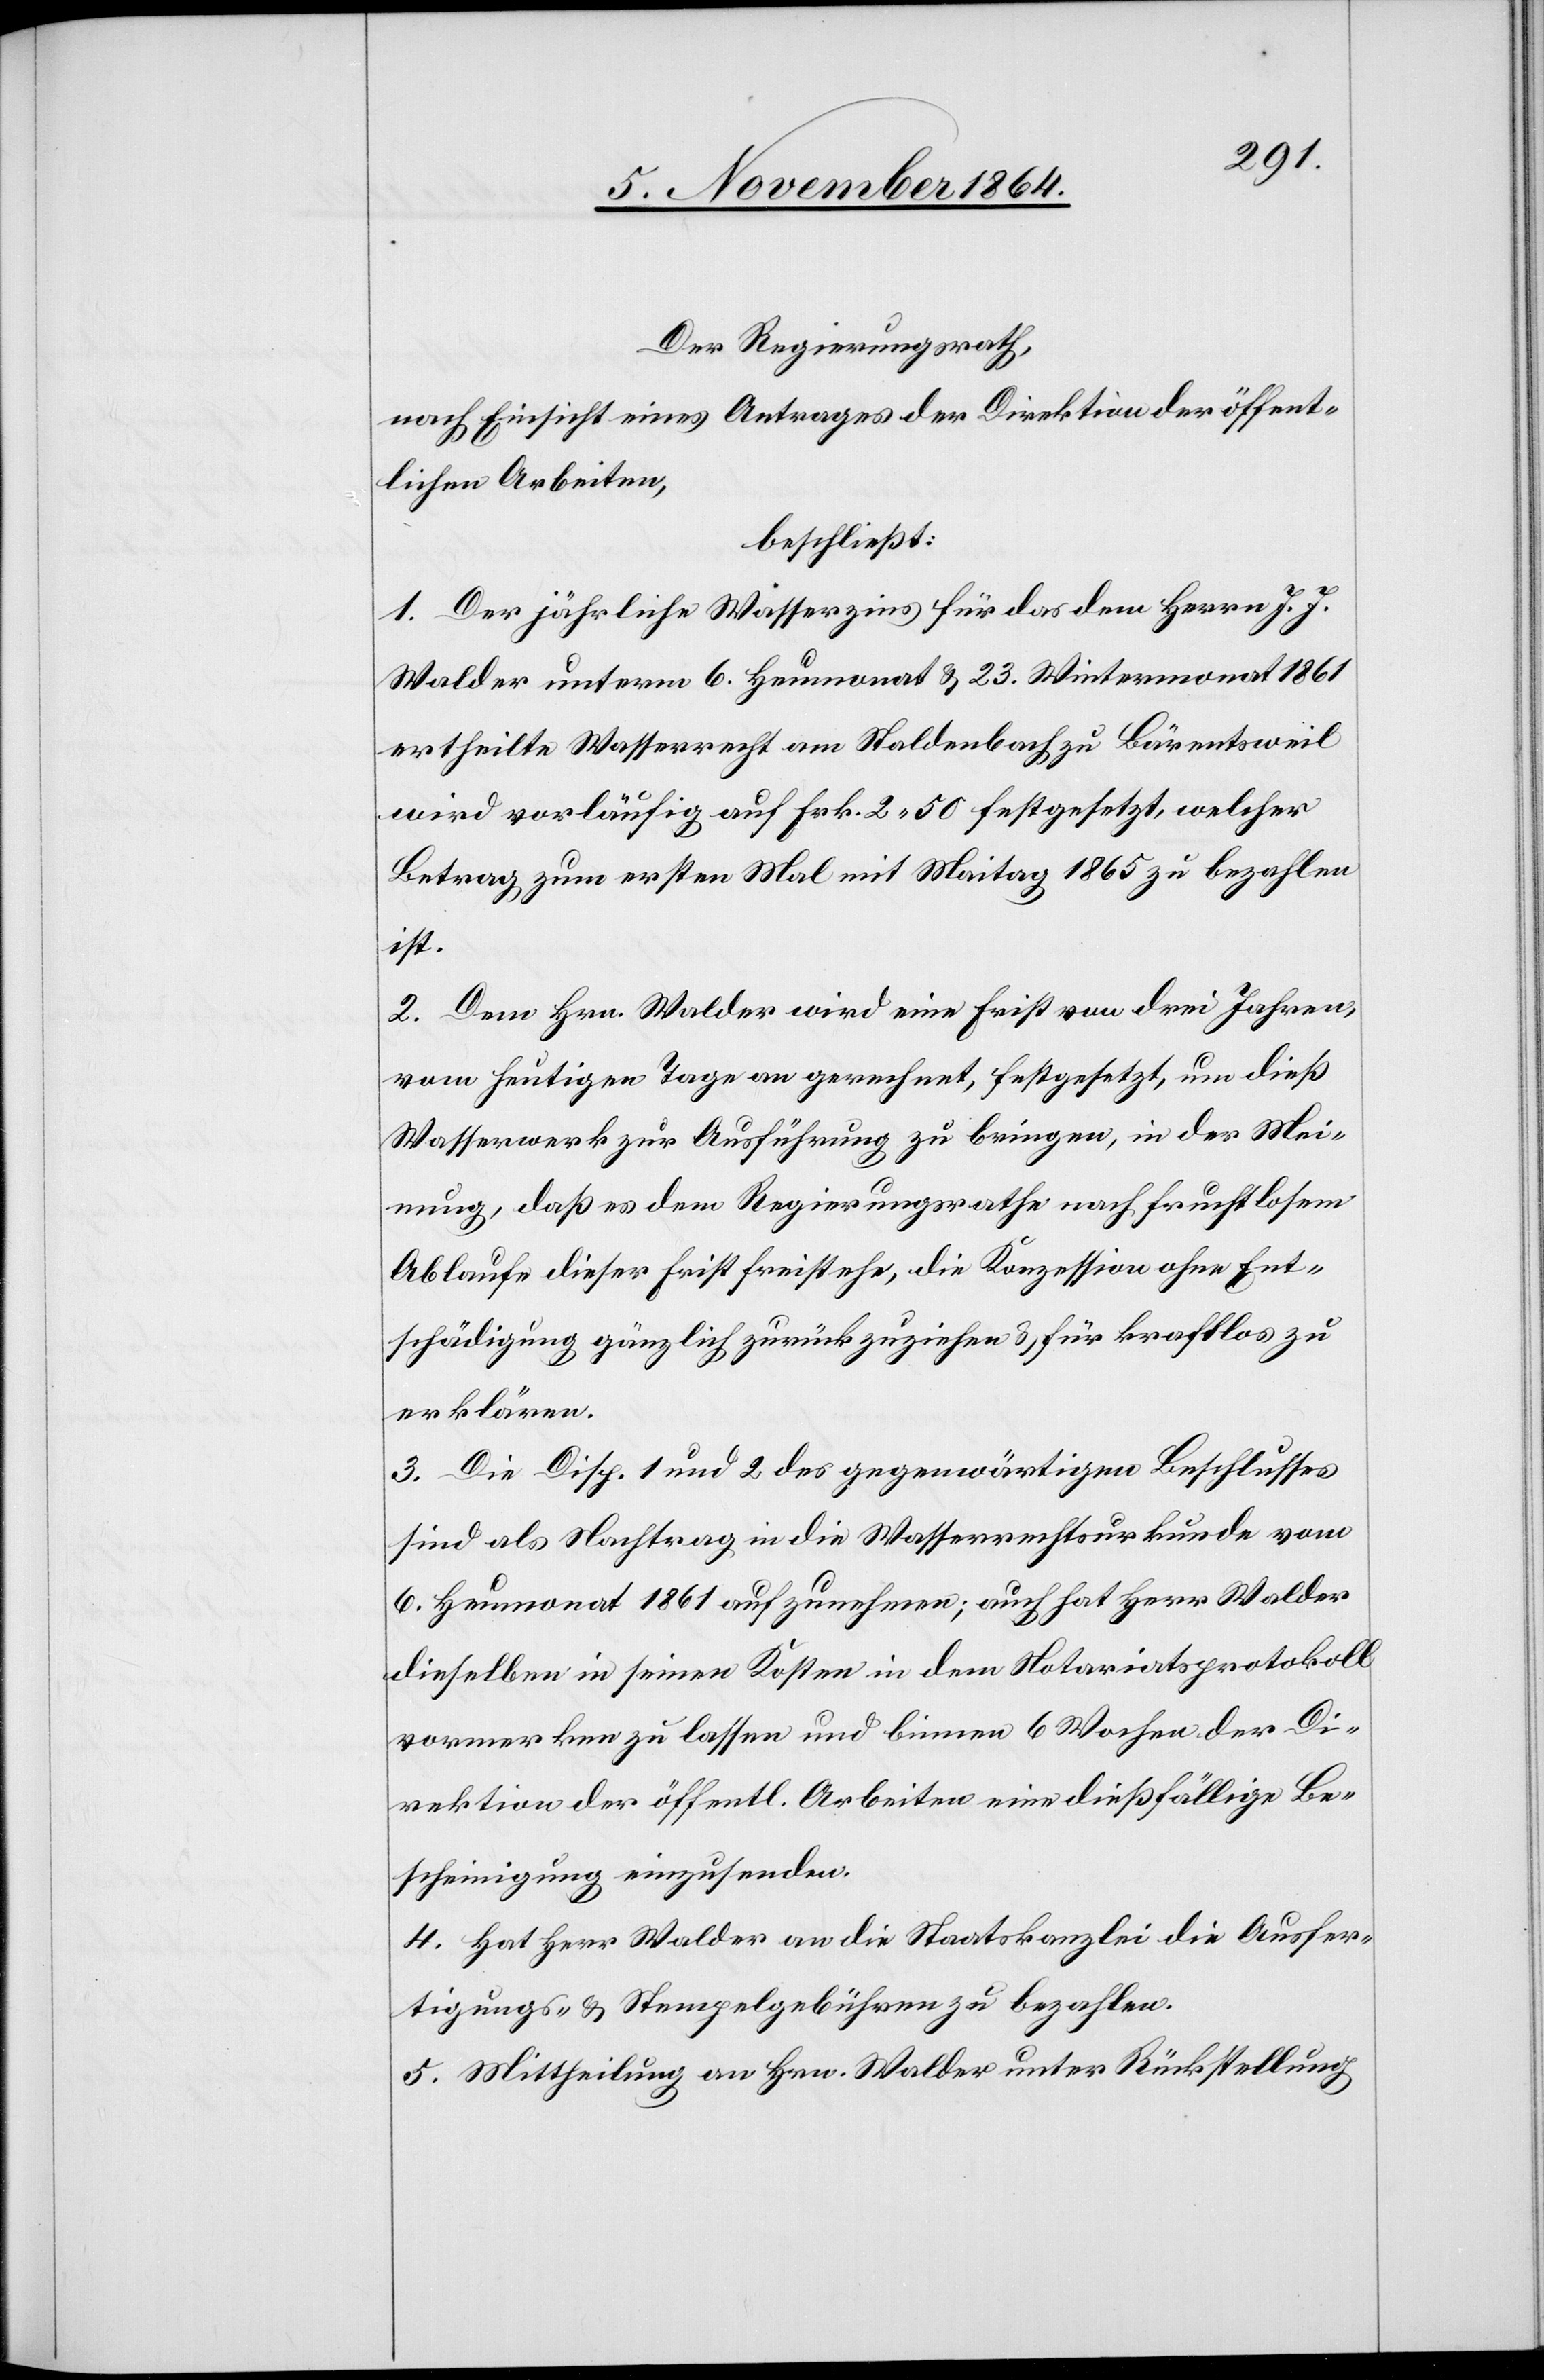
Der Regierungsrath,
nach Einsicht eines Antrages der Direktion der öffent¬
lichen Arbeiten,
beschließt:
1. Der jährliche Wasserzins für das dem Herrn J. J.
Walder unterm 6. Heumonat & 23. Wintermonat 1861
ertheilte Wasserrecht am Staldenbach zu Bärentsweil
wird vorläufig auf Frk. 2.50 festgesetzt, welcher
Betrag zum ersten Mal mit Maitag 1865 zu bezahlen
ist.
2. Dem Hrn. Walder wird eine Frist von drei Jahren,
vom heutigen Tage an gerechnet, festgesetzt, um dieß
Wasserwerk zur Ausführung zu bringen, in der Mei¬
nung, daß es dem Regierungsrathe nach fruchtlosem
Ablaufe dieser Frist freistehe, die Konzession ohne Ent¬
schädigung gänzlich zurückzuziehen & für kraftlos zu
erklären.
3. Die Disp. 1 und 2 des gegenwärtigen Beschlusses
sind als Nachtrag in die Wasserrechtsurkunde vom
6. Heumonat 1861 aufzunehmen; auch hat Herr Walder
dieselben in seinen Kosten in dem Notariatsprotokoll
vormerken zu lassen und binnen 6 Wochen der Di¬
rektion der öffentl. Arbeiten eine dießfällige Be¬
scheinigung einzusenden.
4. Hat Herr Walder an die Staatskanzlei die Ausfer¬
tigungs- & Stempelgebühren zu bezahlen.
5. Mittheilung an Hrn. Walder unter Rückstellung